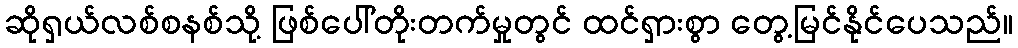
ဆိုရှယ်လစ်စနစ်သို့ ဖြစ်ပေါ်တိုးတက်မှုတွင် ထင်ရှားစွာ တွေ့မြင်နိုင်ပေသည်။